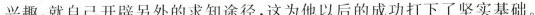
兴趣,就自己开辟另外的求知途径,这为他以后的成功打下了坚实基础。